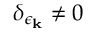
\delta _ { \epsilon _ { \bf k } } \neq 0